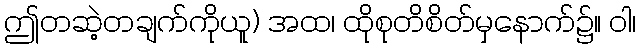
ဤတဆဲ့တချက်ကိုယူ) အထ၊ ထိုစုတိစိတ်မှနောက်၌။ ဝါ၊